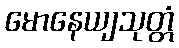
မောနေယျသုတ္တံ